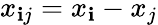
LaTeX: x_{\mathbf{i}j}=x_{\mathbf{i}}-x_{j}